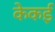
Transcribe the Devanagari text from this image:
केकई